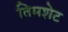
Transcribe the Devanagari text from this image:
तिमशेट